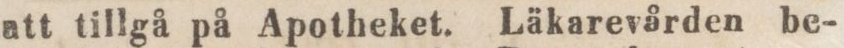
att tillgå på Apotheket. Läkarevården be-